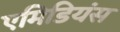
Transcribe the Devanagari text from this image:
एमिडियंस